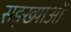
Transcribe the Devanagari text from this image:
सङ्ख्याअाें